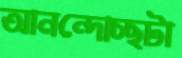
আনন্দোচ্ছটা